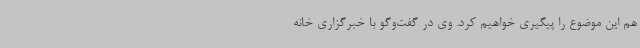
هم این موضوع را پیگیری خواهیم کرد. وی در گفت‌وگو با خبرگزاری خانه